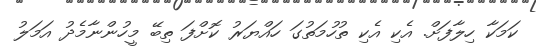
ކަމަކާ ހިލާފަށް. އެކި އެކި ތުހުމަތުގަ ހައްޔަރު ކޮށްފަ ތިބޭ މީހުންނާމެދު އަމަލު